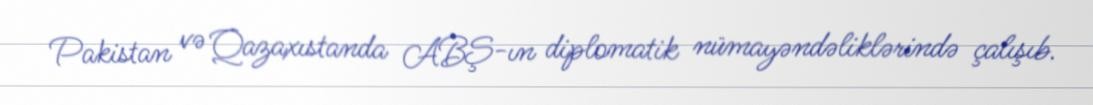
Pakistan və Qazaxıstanda ABŞ-ın diplomatik nümayəndəliklərində çalışıb.